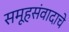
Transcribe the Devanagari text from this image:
समूहसंवादाचे